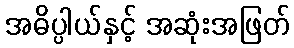
အဓိပ္ပါယ်နှင့် အဆုံးအဖြတ်